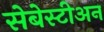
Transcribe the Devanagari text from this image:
सेबेस्टीअन